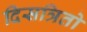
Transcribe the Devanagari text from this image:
दिसत्रितो